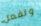
وتفعل